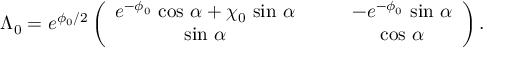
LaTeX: \Lambda _ { 0 } = e ^ { \phi _ { 0 } / 2 } \left( \begin{array} { c c } { { e ^ { - \phi _ { 0 } } \, \cos \, \alpha + \chi _ { 0 } \, \sin \, \alpha \qquad } } & { { - e ^ { - \phi _ { 0 } } \, \sin \, \alpha } } \\ { { \sin \, \alpha \qquad } } & { { \cos \, \alpha } } \end{array} \right) .